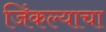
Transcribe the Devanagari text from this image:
जिंकल्याचा